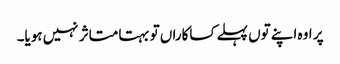
پر اوہ اپنے توں پہلے کساکاراں تو بہتا متاثر نہیں ہویا۔